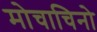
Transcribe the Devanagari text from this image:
मोचाचिनो